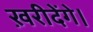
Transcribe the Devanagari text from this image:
ख़रीदेंगे।